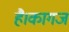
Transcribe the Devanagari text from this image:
है।कागज